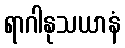
ရာဂါနုသယာနံ